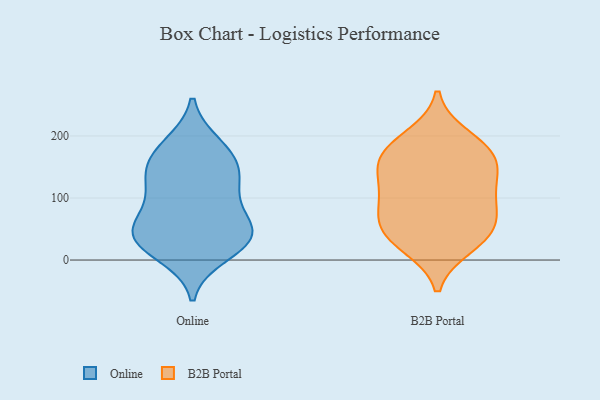
{"axis": {"x": "Temperature (°C)", "y": "Value"}, "legend": ["B2B Portal", "Online"], "data": [{"x": "", "y": 37, "type": "Online"}, {"x": "", "y": 147, "type": "Online"}, {"x": "", "y": 53, "type": "Online"}, {"x": "", "y": 34, "type": "Online"}, {"x": "", "y": 38, "type": "Online"}, {"x": "", "y": 10, "type": "Online"}, {"x": "", "y": 101, "type": "Online"}, {"x": "", "y": 58, "type": "Online"}, {"x": "", "y": 177, "type": "Online"}, {"x": "", "y": 155, "type": "Online"}, {"x": "", "y": 34, "type": "Online"}, {"x": "", "y": 132, "type": "Online"}, {"x": "", "y": 185, "type": "Online"}, {"x": "", "y": 110, "type": "Online"}, {"x": "", "y": 35, "type": "B2B Portal"}, {"x": "", "y": 179, "type": "B2B Portal"}, {"x": "", "y": 115, "type": "B2B Portal"}, {"x": "", "y": 59, "type": "B2B Portal"}, {"x": "", "y": 198, "type": "B2B Portal"}, {"x": "", "y": 154, "type": "B2B Portal"}, {"x": "", "y": 39, "type": "B2B Portal"}, {"x": "", "y": 105, "type": "B2B Portal"}, {"x": "", "y": 23, "type": "B2B Portal"}, {"x": "", "y": 68, "type": "B2B Portal"}, {"x": "", "y": 132, "type": "B2B Portal"}, {"x": "", "y": 163, "type": "B2B Portal"}, {"x": "", "y": 172, "type": "B2B Portal"}, {"x": "", "y": 82, "type": "B2B Portal"}]}